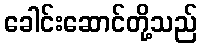
ခေါင်းဆောင်တို့သည်